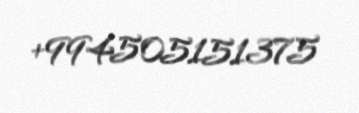
+994505151375